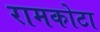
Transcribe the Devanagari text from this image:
रामकोटा